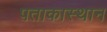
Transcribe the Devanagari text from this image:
पताकास्थान